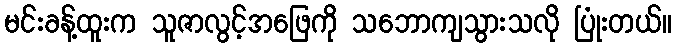
မင်းခန့်ထူးက သူဇာလွင့်အဖြေကို သဘောကျသွားသလို ပြုံးတယ်။